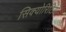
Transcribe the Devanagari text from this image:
सिक्योरिटियों